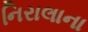
નિરાલાના